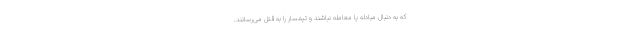
که به دنبال مبادله یا معامله نباشند و تیمسار را به قتل می‌رسانند.